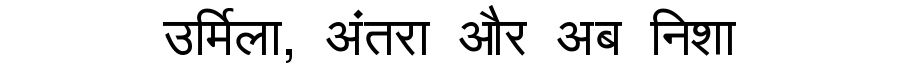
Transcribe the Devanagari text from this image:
उर्मिला, अंतरा और अब निशा